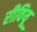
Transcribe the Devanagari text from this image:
रीवियू